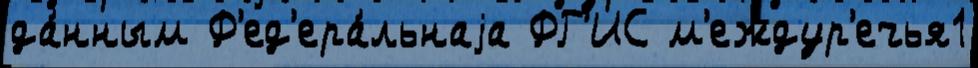
да́нным Ф'ед'ера́льнаjа ФГ'ИС м'еждур'ечья1